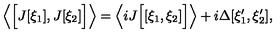
\left\langle \Bigl [ J [ \xi _ { 1 } ] , J [ \xi _ { 2 } ] \Bigr ] \right\rangle = \left\langle i J \Bigl [ [ \xi _ { 1 } , \xi _ { 2 } ] \Bigr ] \right\rangle + i \Delta [ \xi _ { 1 } ^ { \prime } , \xi _ { 2 } ^ { \prime } ] ,